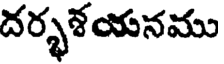
దర్భశయనము